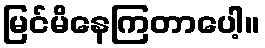
မြင်မိနေကြတာပေါ့။